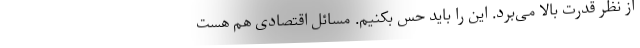
از نظر قدرت بالا می‌برد. این را باید حس بکنیم. مسائل اقتصادی هم هست